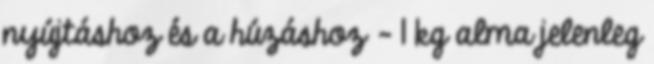
nyújtáshoz és a húzáshoz - 1 kg alma jelenleg